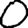
Digit: 0